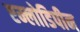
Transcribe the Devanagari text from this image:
एम्लोडिपीन